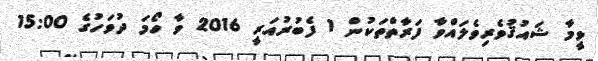
ވީމާ ޝައުޤުވެރިވެލައްވާ ފަރާތްތަކުން 1 ފެބުރުއަރީ 2016 ވާ ހޯމަ ދުވަހުގެ 15:00